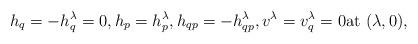
LaTeX: \begin{align*} h_q =-h^{\lambda}_q=0, h_p=h^{\lambda}_p, h_{qp}=-h^{\lambda}_{qp}, v^{\lambda}=v^{\lambda}_q=0 \textrm{at } (\lambda,0),\end{align*}